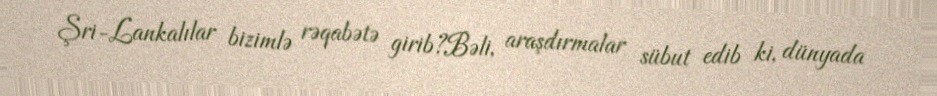
Şri-Lankalılar bizimlə rəqabətə girib?Bəli, araşdırmalar sübut edib ki, dünyada